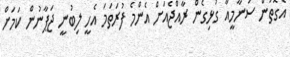
އެގޮތުން ސުނާމީއާ ގުޅިގެން ރާއްޖެއަށް އެންމެ ފުރަތަމަ އެހީ ލިބުނީ ޖަޕާނުން ކަމަށް